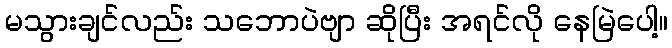
မသွားချင်လည်း သဘောပဲဗျာ ဆိုပြီး အရင်လို နေမြဲပေါ့။